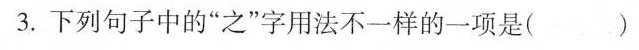
3.下列句子中的”之”字用法不一样的一项是( )